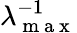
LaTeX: \lambda_{\mathrm{~m~a~x~}}^{-1}